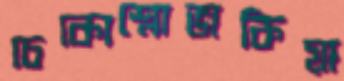
চেকোশ্লোভাকিয়া